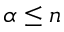
\alpha \le n